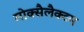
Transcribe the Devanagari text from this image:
मोक्सैलैक्टम